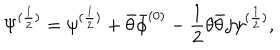
\Psi ^ { ( \frac { 1 } { 2 } ) } = \psi ^ { ( \frac { 1 } { 2 } ) } + \bar { \theta } \bar { \phi } ^ { ( 0 ) } - \frac { 1 } { 2 } \theta \bar { \theta } j \psi ^ { ( \frac { 1 } { 2 } ) } ,